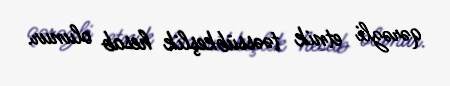
qərəzli etnik təəssübkeşlik hesab olunur.